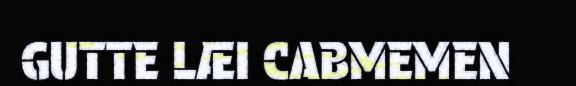
GUTTE LÆI CABMEMEN